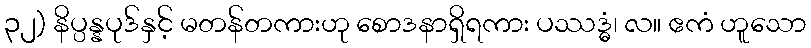
၃၂) နိပ္ပန္နပုဒ်နှင့် မတန်တကားဟု စောဒနာရှိရကား ပဿဒ္ဓံ၊ လ။ ဧကံ ဟူသော